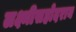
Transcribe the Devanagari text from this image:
लक्ष्मीसहोदराय